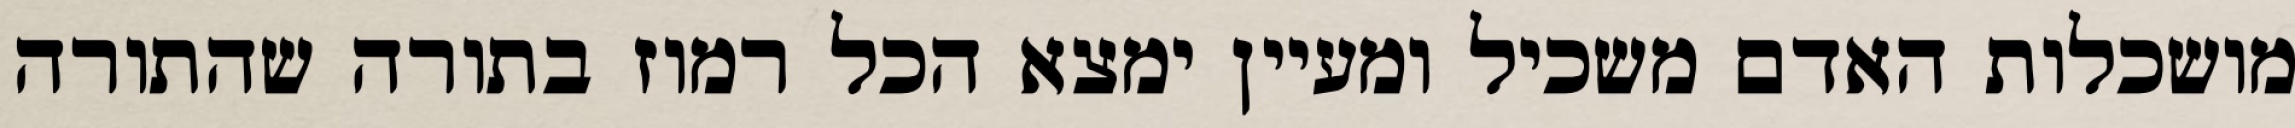
מושכלות האדם משכיל ומעיין ימצא הכל רמוז בתורה שהתורה